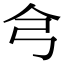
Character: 𢎦